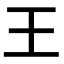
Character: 王